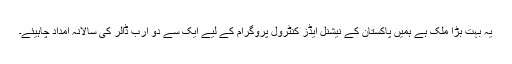
یہ بہت بڑا ملک ہے ہمیں پاکستان کے نیشنل ایڈز کنٹرول پروگرام کے لیے ایک سے دو ارب ڈالر کی سالانہ امداد چاہیئے۔